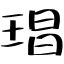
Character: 琩